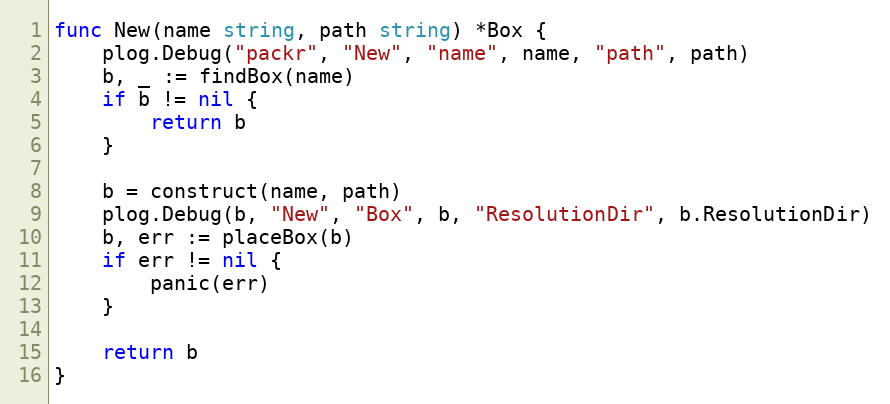
Language: Go
func New(name string, path string) *Box {
	plog.Debug("packr", "New", "name", name, "path", path)
	b, _ := findBox(name)
	if b != nil {
		return b
	}

	b = construct(name, path)
	plog.Debug(b, "New", "Box", b, "ResolutionDir", b.ResolutionDir)
	b, err := placeBox(b)
	if err != nil {
		panic(err)
	}

	return b
}